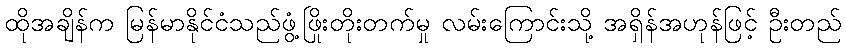
ထိုအချိန်က မြန်မာနိုင်ငံသည်ဖွံ့ဖြိုးတိုးတက်မှု လမ်းကြောင်းသို့ အရှိန်အဟုန်ဖြင့် ဦးတည်